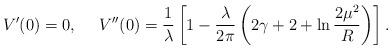
LaTeX: \begin{align*}V'(0)=0, \ \ \ \ V''(0) = \frac{1}{\lambda} \left[ 1-\frac{\lambda}{2\pi} \left( 2\gamma + 2+ \ln \frac{2\mu^2}{R}\right) \right].\end{align*}